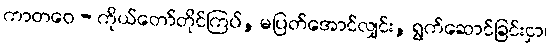
ကာတဝေ - ကိုယ်တော်တိုင်ကြပ်, မပြတ်အောင်လျှင်း, ရွက်ဆောင်ခြင်းငှာ၊